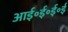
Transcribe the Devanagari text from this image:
आई॰ई॰ई॰ई